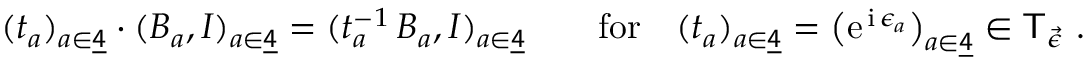
\begin{array} { r } { ( t _ { a } ) _ { a \in \underline { { \sf 4 } } } \cdot ( B _ { a } , I ) _ { a \in \underline { { \sf 4 } } } = ( t _ { a } ^ { - 1 } \, B _ { a } , I ) _ { a \in \underline { { \sf 4 } } } \qquad \mathrm { f o r } \quad ( t _ { a } ) _ { a \in \underline { { \sf 4 } } } = \big ( \mathrm { e } ^ { \, \mathrm { i } \, \epsilon _ { a } } \big ) _ { a \in \underline { { \sf 4 } } } \in \mathsf { T } _ { \vec { \epsilon } } \ . } \end{array}